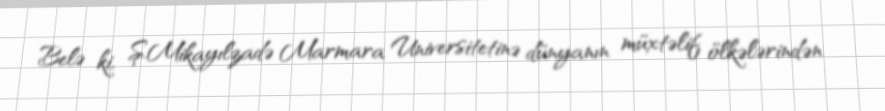
Belə ki, Ş.Mikayılzadə Marmara Universitetinə dünyanın müxtəlif ölkələrindən